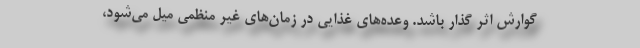
گوارش اثر گذار باشد. وعده‌های غذایی در زمان‌های غیر منظمی میل می‌شود،